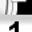
Digit: 1